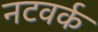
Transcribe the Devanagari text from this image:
नटवर्क